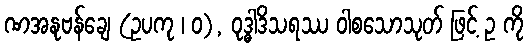
ဏအနုဗန်ချေ (ဥပကု ၊ ဝ), ဝုဒ္ဓါဒိသရဿ ဝါစသောသုတ် ဖြင့် ဥ ကို